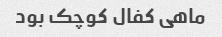
ماهی کفال کوچک بود